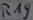
Text: R19